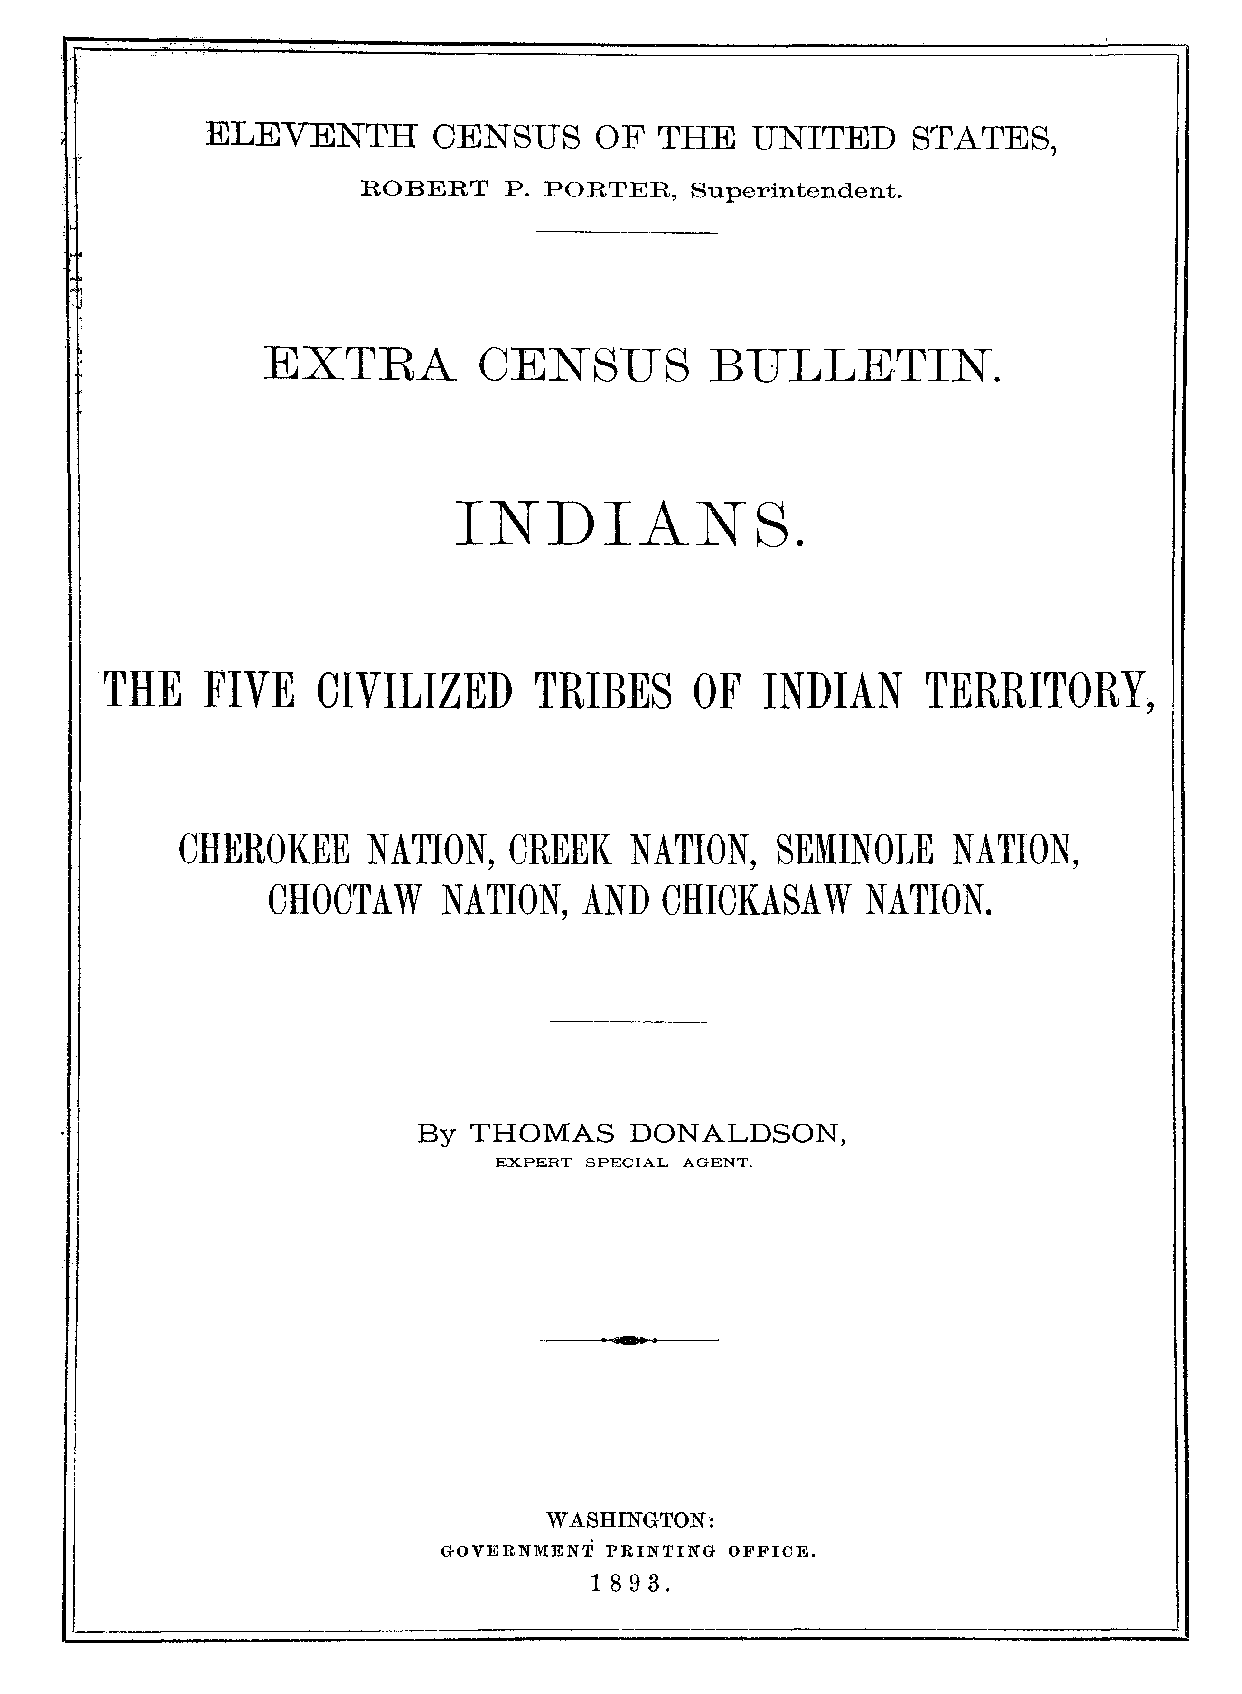
ELEVENTH       CENSUS    OF  THE   UNITED     STATES,
 ROBERT   P. PORTER,   Superintendent.
 EXTEA          CENSUS         BULLETIN.
 INDIANS.
 THE   FIVE    CIVILIZED     TRIBES     OF   INDIAN    TERRITORY,
 CHEROKEE    NATION,   CREEK   NATION,  SEMINOLE    NATION,
 CHOCTAW    NATION,  AND   CHICKASAW    NATION.
 By THOMAS     DONALDSON,
 EXPERT SPECIAL AGENT.
 WASHINGTON:
 GOVERNMENT PRINTING OFFICE.
 1893.